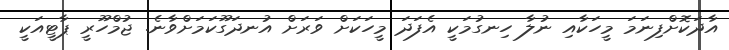
އާދަކޮށްފިނަމަ މީހަކާއި ނުލާ ހިނގުމަކީ އެފަދަ މީހަކަށް ވަރަށް އުނދަގޫކަމަށްވާނެ. ޖުމްހޫރީ ޕާޓީއަކީ